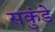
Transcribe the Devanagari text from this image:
सकुंडे